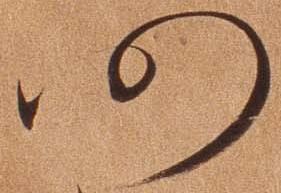
仍